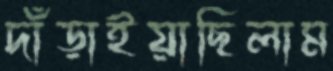
দাঁড়াইয়াছিলাম